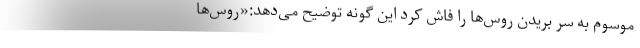
موسوم به سر بریدن روس‌ها را فاش کرد این گونه توضیح می‌دهد:«روس‌ها